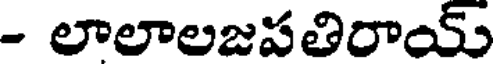
- లాలాలజపతిరాయ్